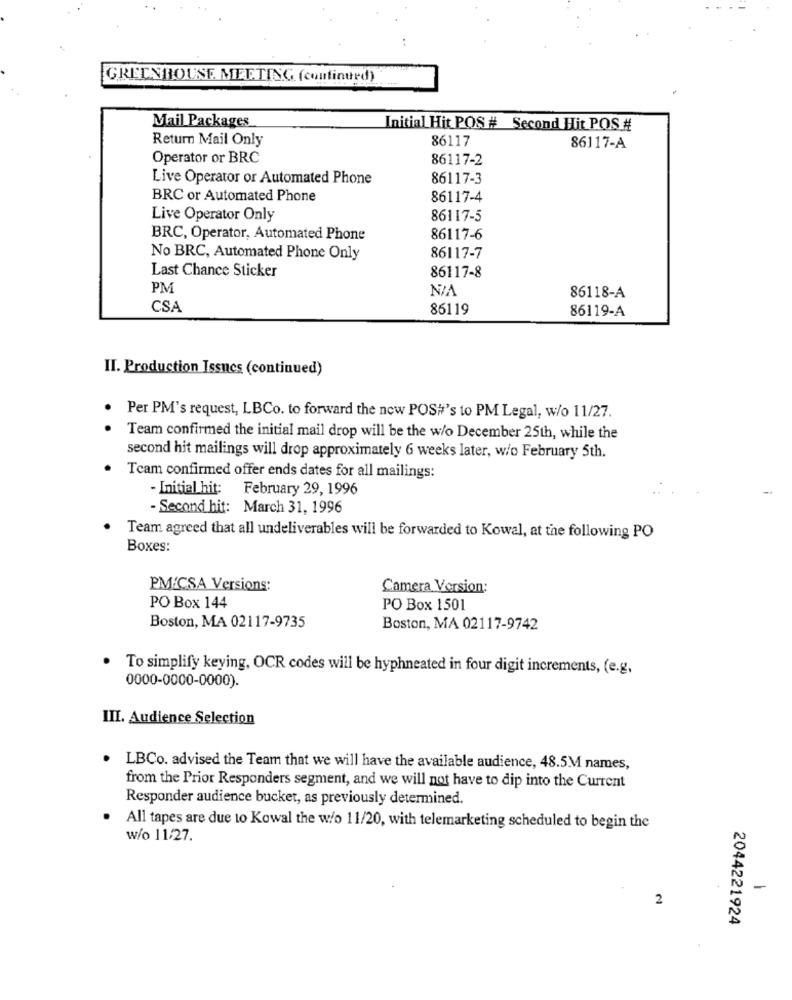
GREENHOUSE MEETING (continued)
Mail Packages
Initial Hit POS # Second Hit POS#
Return Mail Only
86117
86117-A
Operator or BRC
86117-2
Live Operator or Automated Phone
86117-3
BRC or Automated Phone
86117-4
Live Operator Only
86117-5
BRC, Operator, Automated Phone
86117-6
No BRC, Automated Phone Only
86117-7
Last Chance Sticker
86117-8
PM
NIA
86118-A
CSA
86119
86119-A
II. Production Issues (continued)
Per PM's request, LBCo. to forward the new POS#'s to PM Legal, w/o 11/27.
Team confirmed the initial mail drop will be the w/o December 25th, while the
second hit mailings will drop approximately 6 weeks later, w/o February 5th.
Team confirmed offer ends dates for all mailings:
- Initial hit: February 29, 1996
- Second hit: March 31, 1996
Team agreed that all undeliverables will be forwarded to Kowal, at the following PO
Boxes:
PM/CSA Versions:
Camera Version:
PO Box 144
PO Box 1501
Boston, MA 02117-9735
Boston, MA 02117-9742
To simplify keying, OCR codes will be hyphneated in four digit increments, (e.g.
0000-0000-0000).
III. Audience Selection
LBCo. advised the Team that we will have the available audience, 48.5M names,
from the Prior Responders segment, and we will not have to dip into the Current
Responder audience bucket, as previously determined.
All tapes are due to Kowal the w/o 11/20, with telemarketing scheduled to begin the
w/o 11/27.
-
2
2044221924